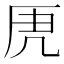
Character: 𭆄